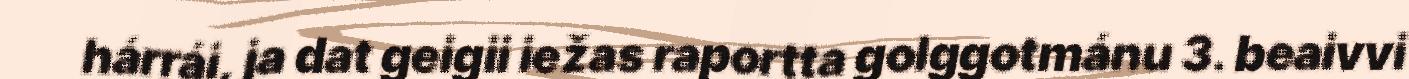
hárrái, ja dat geigii iežas raportta golggotmánu 3. beaivvi